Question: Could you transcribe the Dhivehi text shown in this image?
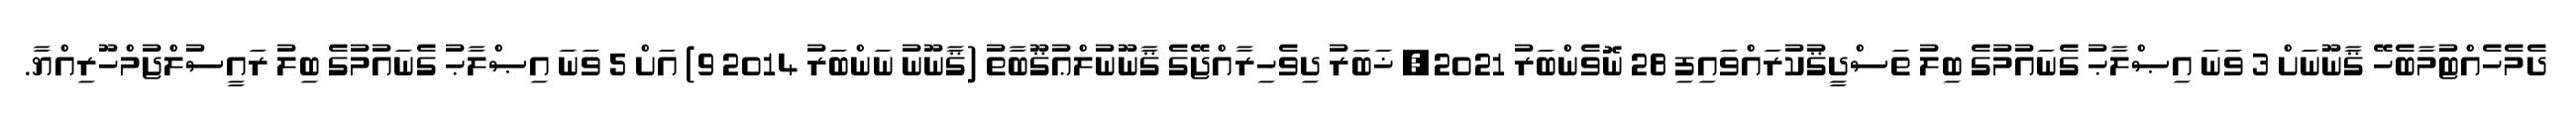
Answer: ދެމެހެއްޓުމާބެހޭ ޤާނޫނަށް 3 ވަނަ އިޞްލާޙު ގެނައުމުގެ ބިލު ތަސްދީޤުކުރައްވައިފި 28 ނޮވެންބަރު 2021, ޚަބަރު ދިވެހިރާއްޖޭގެ ޤާނޫނުލްޢުޤޫބާތު (ޤާނޫނު ނަންބަރު 2014 9) އަށް 5 ވަނަ އިޞްލާޙު ގެނައުމުގެ ބިލު ރައީސުލްޖުމްހޫރިއްޔާ.